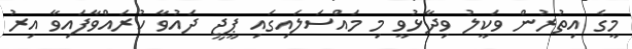
މީގެ އިތުރުން ވަކީލު ވިދާޅުވީ މި މައްސަލައިގައި ޕީޖީ ދައުވާ ކުރައްވާފައިވާ އިރު